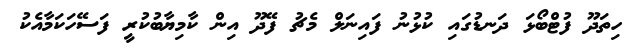
ހިތަދޫ ފުޓްބޯޅަ ދަނޑުގައި ކުޅުނު ފައިނަލް މެޗު ފޭދޫ އިން ކާމިޔާބުކުރީ ފަސޭހަކަމާއެކު